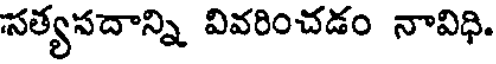
సత్యసదాన్ని వివరించడం నావిధి.